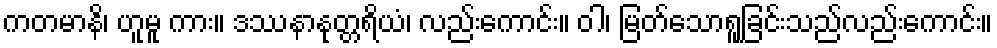
ကတမာနိ၊ ဟူမူ ကား။ ဒဿနာနုတ္တရိယံ၊ လည်းကောင်း။ ဝါ၊ မြတ်သောရူခြင်းသည်လည်းကောင်း။